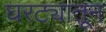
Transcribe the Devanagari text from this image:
घरट्यातून